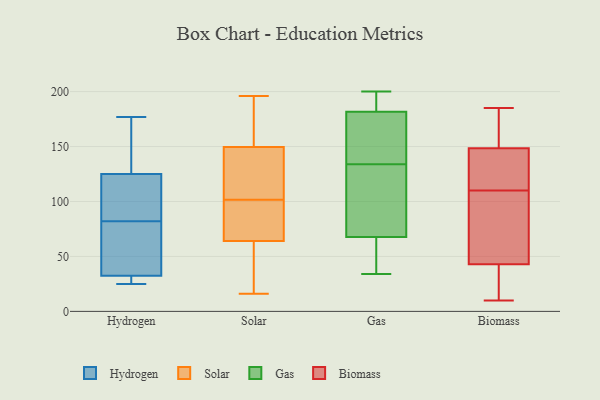
{"axis": {"x": "Shipments", "y": "Value"}, "legend": ["Biomass", "Gas", "Hydrogen", "Solar"], "data": [{"x": "", "y": 128, "type": "Hydrogen"}, {"x": "", "y": 27, "type": "Hydrogen"}, {"x": "", "y": 28, "type": "Hydrogen"}, {"x": "", "y": 108, "type": "Hydrogen"}, {"x": "", "y": 82, "type": "Hydrogen"}, {"x": "", "y": 116, "type": "Hydrogen"}, {"x": "", "y": 132, "type": "Hydrogen"}, {"x": "", "y": 79, "type": "Hydrogen"}, {"x": "", "y": 46, "type": "Hydrogen"}, {"x": "", "y": 25, "type": "Hydrogen"}, {"x": "", "y": 177, "type": "Hydrogen"}, {"x": "", "y": 31, "type": "Solar"}, {"x": "", "y": 46, "type": "Solar"}, {"x": "", "y": 82, "type": "Solar"}, {"x": "", "y": 114, "type": "Solar"}, {"x": "", "y": 99, "type": "Solar"}, {"x": "", "y": 196, "type": "Solar"}, {"x": "", "y": 83, "type": "Solar"}, {"x": "", "y": 160, "type": "Solar"}, {"x": "", "y": 125, "type": "Solar"}, {"x": "", "y": 167, "type": "Solar"}, {"x": "", "y": 168, "type": "Solar"}, {"x": "", "y": 16, "type": "Solar"}, {"x": "", "y": 19, "type": "Solar"}, {"x": "", "y": 84, "type": "Solar"}, {"x": "", "y": 104, "type": "Solar"}, {"x": "", "y": 139, "type": "Solar"}, {"x": "", "y": 134, "type": "Gas"}, {"x": "", "y": 185, "type": "Gas"}, {"x": "", "y": 43, "type": "Gas"}, {"x": "", "y": 139, "type": "Gas"}, {"x": "", "y": 190, "type": "Gas"}, {"x": "", "y": 34, "type": "Gas"}, {"x": "", "y": 94, "type": "Gas"}, {"x": "", "y": 76, "type": "Gas"}, {"x": "", "y": 50, "type": "Gas"}, {"x": "", "y": 125, "type": "Gas"}, {"x": "", "y": 200, "type": "Gas"}, {"x": "", "y": 67, "type": "Gas"}, {"x": "", "y": 48, "type": "Gas"}, {"x": "", "y": 144, "type": "Gas"}, {"x": "", "y": 187, "type": "Gas"}, {"x": "", "y": 70, "type": "Gas"}, {"x": "", "y": 172, "type": "Gas"}, {"x": "", "y": 170, "type": "Gas"}, {"x": "", "y": 196, "type": "Gas"}, {"x": "", "y": 123, "type": "Biomass"}, {"x": "", "y": 155, "type": "Biomass"}, {"x": "", "y": 12, "type": "Biomass"}, {"x": "", "y": 10, "type": "Biomass"}, {"x": "", "y": 38, "type": "Biomass"}, {"x": "", "y": 118, "type": "Biomass"}, {"x": "", "y": 114, "type": "Biomass"}, {"x": "", "y": 106, "type": "Biomass"}, {"x": "", "y": 17, "type": "Biomass"}, {"x": "", "y": 149, "type": "Biomass"}, {"x": "", "y": 72, "type": "Biomass"}, {"x": "", "y": 25, "type": "Biomass"}, {"x": "", "y": 148, "type": "Biomass"}, {"x": "", "y": 95, "type": "Biomass"}, {"x": "", "y": 127, "type": "Biomass"}, {"x": "", "y": 156, "type": "Biomass"}, {"x": "", "y": 48, "type": "Biomass"}, {"x": "", "y": 53, "type": "Biomass"}, {"x": "", "y": 185, "type": "Biomass"}, {"x": "", "y": 171, "type": "Biomass"}]}